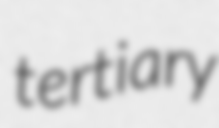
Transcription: tertiary